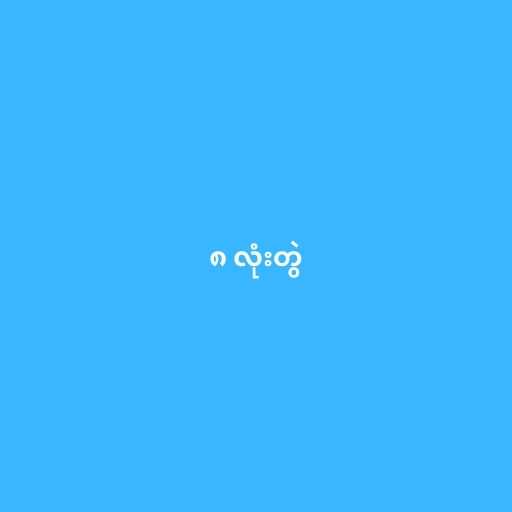
၈ လုံးတွဲ